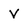
Character: V